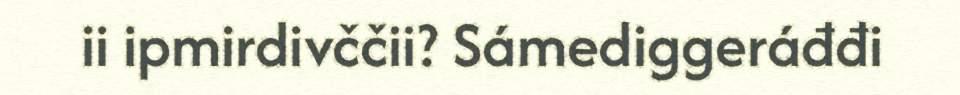
ii ipmirdivččii? Sámediggeráđđi